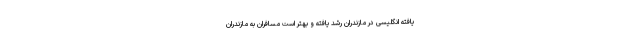
یافته انگلیسی در مازندران رشد یافته و بهتر است مسافران به مازندران